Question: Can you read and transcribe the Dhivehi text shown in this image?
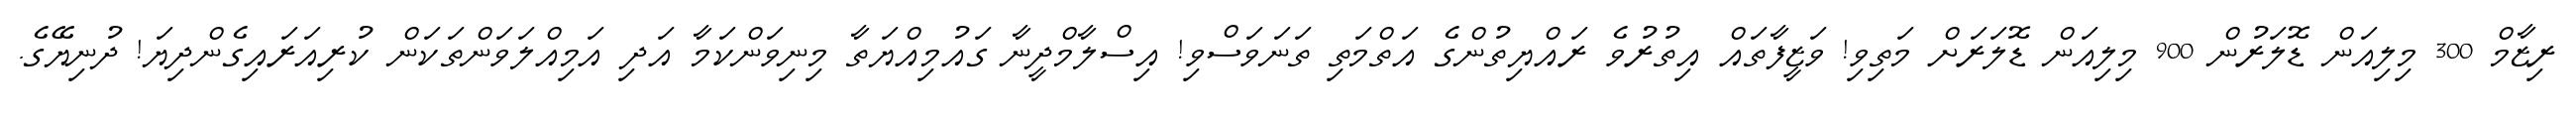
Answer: ރިޒާމް 300 މިލިއަން ޑޮލަރުން 900 މިލިއަން ޑޮލަރަށް މަތިވި! ވަޒީފާތައް އިތުރުވެ ރައްޔިތުންގެ އަތްމަތި ތަނަވަސްވި! އިސްލާމްދީނާ ގައުމިއްޔަތާ މިނިވަންކަމާ އަދި އަމިއްލަވަންތަކަން ކުރިއަރައިގެންދިޔަ! ދުނިޔޭގެ.